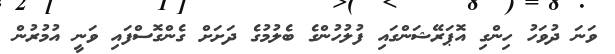
ވަނަ ދުވަހު ހިންގި އޮޕަރޭޝަންގައި ފުލުހުންގެ ބެލުމުގެ ދަށަށް ގެންގޮސްފައި ވަނީ އުމުރުން